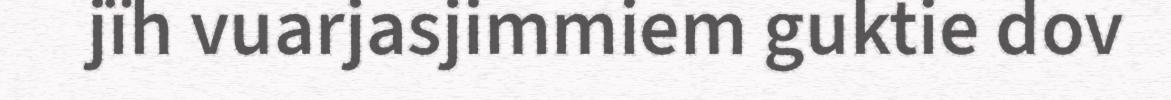
jïh vuarjasjimmiem guktie dov